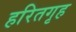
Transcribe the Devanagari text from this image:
हरितगृह